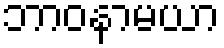
ဘာဝနာမယာ